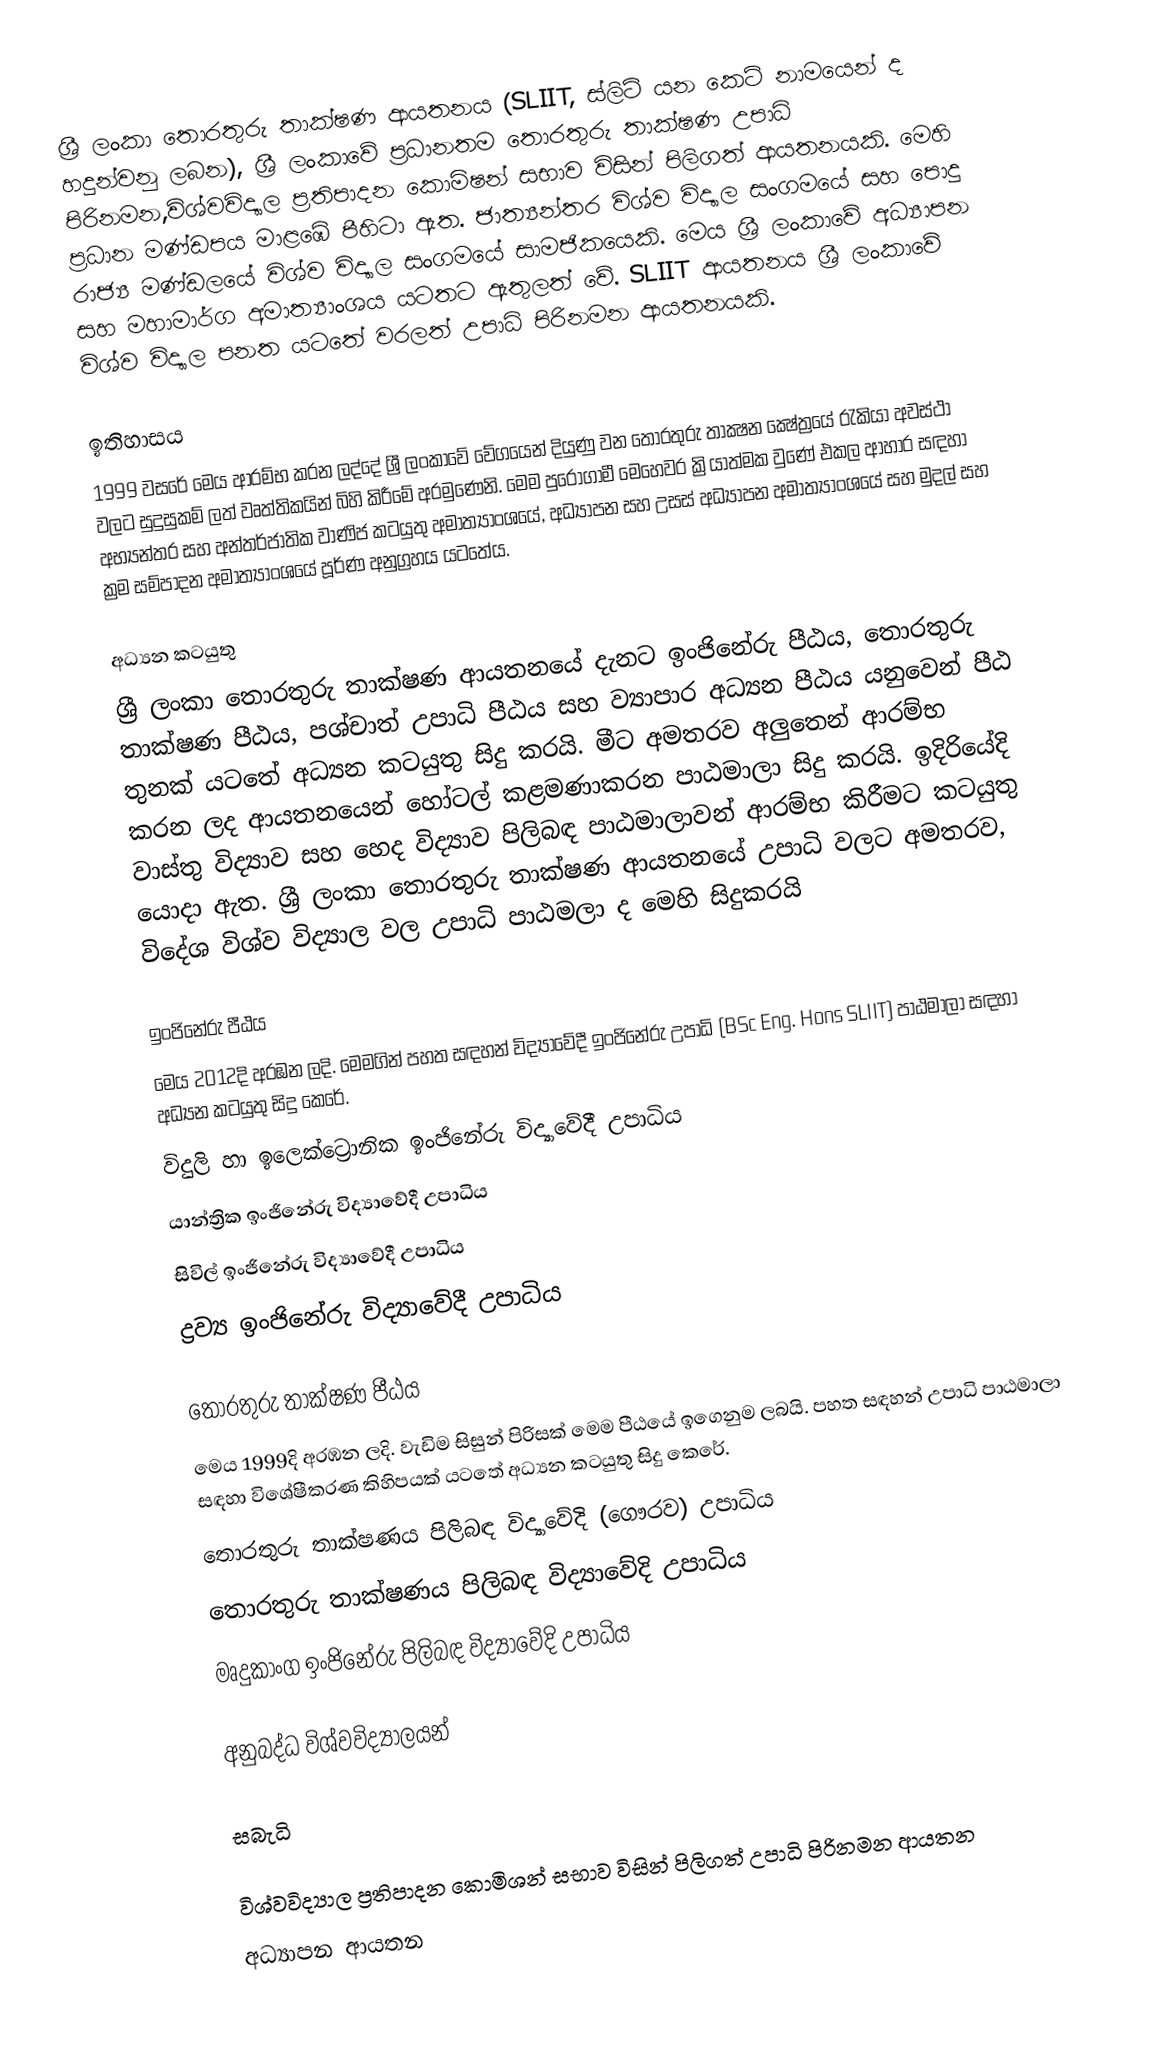
ශ්‍රී ලංකා තොරතුරු තා‌ක්ෂණ ආයතනය (SLIIT, ස්ලිට් යන කෙටි නාමයෙන් ද හදුන්වනු ලබන), ශ්‍රී ලංකාවේ ප්‍රධානතම තොරතුරු තාක්ෂණ උපාධි පිරිනමන,විශ්වවිද්‍යාල ප්‍රතිපාදන කොමිෂන් සභාව විසින් පිලිගත් ආයතනයකි. මෙහි ප්‍රධාන මණ්ඩපය මාළඹේ පීහිටා ඇත. ජාත්‍යන්තර විශ්ව විද්‍යාල සංගමයේ සහ පොදු  රාජ්‍ය මණ්ඩලයේ විශ්ව විද්‍යාල සංගමයේ සාමජිකයෙකි. මෙය ශ්‍රී ලංකාවේ අධ්‍යාපන සහ මහාමාර්ග අමාත්‍යාංශය යටතට ඇතුලත් වේ. SLIIT ආයතනය ශ්‍රී ලංකාවේ විශ්ව විද්‍යාල පනත යටතේ වරලත් උපාධි පිරිනමන ආයතනයකි.

ඉතිහාසය
1999 වසරේ මෙය ආරම්භ කරන ලද්දේ ශ්‍රී ලංකාවේ වේගයෙන් දියුණු වන තොරතුරු තාක්‍ෂන ක්‍ෂේත්‍රයේ රැකියා අවස්ථා වලට සුදුසුකම් ලත් වෘත්තිකයින් බිහි කිරීමේ අරමුණෙනි. මෙම පුරෝගාමී මෙහෙවර ක්‍රියාත්මක වුණේ එකල ආහාර සඳහා අභ්‍යන්තර සහ අන්තර්ජාතික වාණිජ කටයුතු අමාත්‍යාංශයේ, අධ්‍යාපන සහ උසස්‌ අධ්‍යාපන අමාත්‍යාංශයේ සහ මුදල් සහ ක්‍රම සම්පාදන අමාත්‍යාංශයේ පූර්ණ අනුග්‍රහය යටතේය.

අධ්‍යන කටයුතු
ශ්‍රී ලංකා තොරතුරු තා‌ක්ෂණ ආයතනයේ දැනට ඉංජිනේරු පීඨය, තොරතුරු තාක්ෂණ පීඨය, පශ්චාත් උපාධි පීඨය සහ ව්‍යාපාර අධ්‍යන පීඨය යනුවෙන් පීඨ තුනක් යටතේ අධ්‍යන කටයුතු සිදු කරයි. මීට අමතරව අලුතෙන් ආරම්භ කරන ලද ආයතනයෙන් හෝටල් කළමණාකරන පාඨමාලා සිදු කරයි. ඉදිරියේදි වාස්තු විද්‍යාව සහ හෙද විද්‍යාව පිලිබඳ පාඨමාලාවන් ආරම්භ කිරීමට කටයුතු යොදා ඇත. ශ්‍රී ලංකා තොරතුරු තා‌ක්ෂණ ආයතනයේ උපාධි වලට අමතරව, විදේශ විශ්ව විද්‍යාල වල උපාධි පාඨමලා ද මෙහි සිදුකරයි

ඉංජිනේරු පීඨය
මෙය 2012දි අරඹන ලදි. මෙමගින් පහත සඳහන් විද්‍යාවේදී ඉංජිනේරු උපාධි (BSc Eng. Hons SLIIT) පාඨමාලා සඳහා අධ්‍යන කටයුතු සිදු කෙරේ.
 විදුලි හා ඉලෙක්ට්‍රොනික ඉංජිනේරු විද්‍යාවේදී උපාධිය
 යාන්ත්‍රික ඉංජිනේරු විද්‍යාවේදී උපාධිය
 සිවිල් ඉංජිනේරු විද්‍යාවේදී උපාධිය
 ද්‍රව්‍ය ඉංජිනේරු විද්‍යාවේදී උපාධිය

තොරතුරු තාක්ෂණ පීඨය
මෙය 1999දි අරඹන ලදි. වැඩිම සිසුන් පිරිසක් මෙම පීඨයේ ඉගෙනුම ලබයි. පහත සඳහන් උපාධි පාඨමාලා සඳහා විශේෂීකරණ කිහිපයක් යටතේ අධ්‍යන කටයුතු සිදු කෙරේ.
 තොරතුරු තාක්ෂණය පිලිබඳ විද්‍යාවේදි (ගෞරව) උපාධිය
 තොරතුරු තාක්ෂණය පිලිබඳ විද්‍යාවේදි උපාධිය
 මෘදුකාංග ඉංජිනේරු  පිලිබඳ විද්‍යාවේදි උපාධිය

අනුබද්ධ විශ්වවිද්‍යාලයන්

සබැධි

විශ්වවිද්‍යාල ප්‍රතිපාදන කොමිශන් සභාව විසින් පිලිගත් උපාධි පිරිනමන ආයතන
අධ්‍යාපන ආයතන